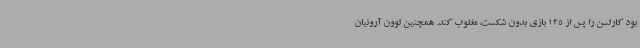
بود کارلسن را پس از 125 بازی بدون شکست، مغلوب کند. همچنین لوون آرونیان